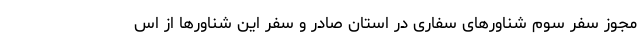
مجوز سفر سوم شناورهای سفاری در استان صادر و سفر این شناورها از اس